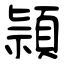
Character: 頴